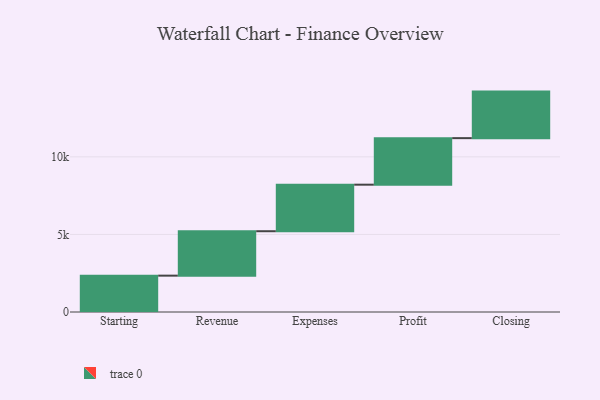
{"axis": {"x": "Step", "y": "Value"}, "legend": [""], "data": [{"x": "Starting", "y": 2343.0, "type": ""}, {"x": "Revenue", "y": 2864.0, "type": ""}, {"x": "Expenses", "y": 3000, "type": ""}, {"x": "Profit", "y": 3000, "type": ""}, {"x": "Closing", "y": 3000, "type": ""}]}